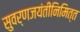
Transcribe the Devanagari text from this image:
सुवर्णजयंतीनिमित्त